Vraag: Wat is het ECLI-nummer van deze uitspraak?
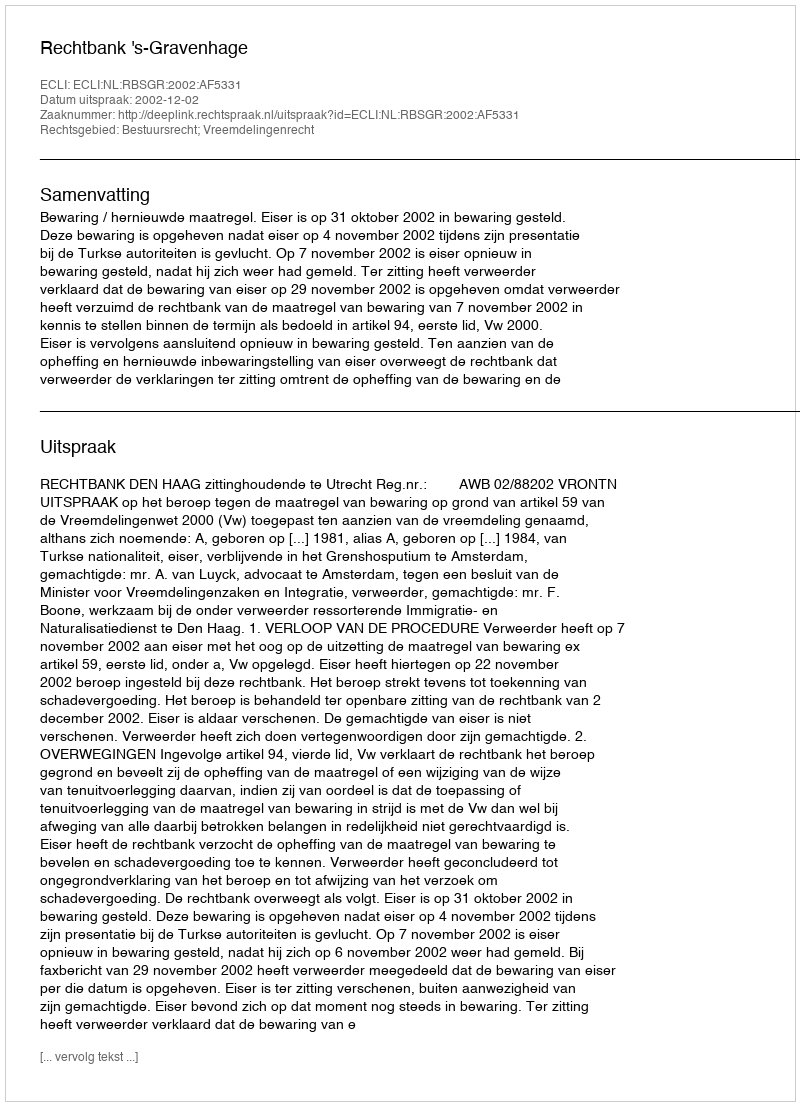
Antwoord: ECLI:NL:RBSGR:2002:AF5331